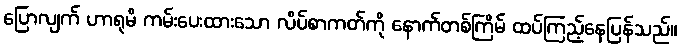
ပြောလျက် ဟာရုမိ ကမ်းပေးထားသော လိပ်စာကတ်ကို နောက်တစ်ကြိမ် ထပ်ကြည့်နေပြန်သည်။